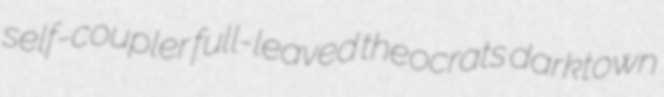
self-coupler full-leaved theocrats darktown